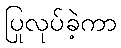
ပြုလုပ်ခဲ့ကာ